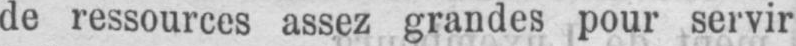
de ressources assez grandes pour servir